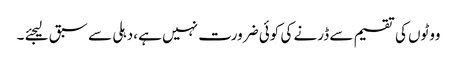
ووٹوں کی تقسیم سے ڈرنے کی کوئی ضرورت نہیں ہے ،دہلی سے سبق لیجئے ۔